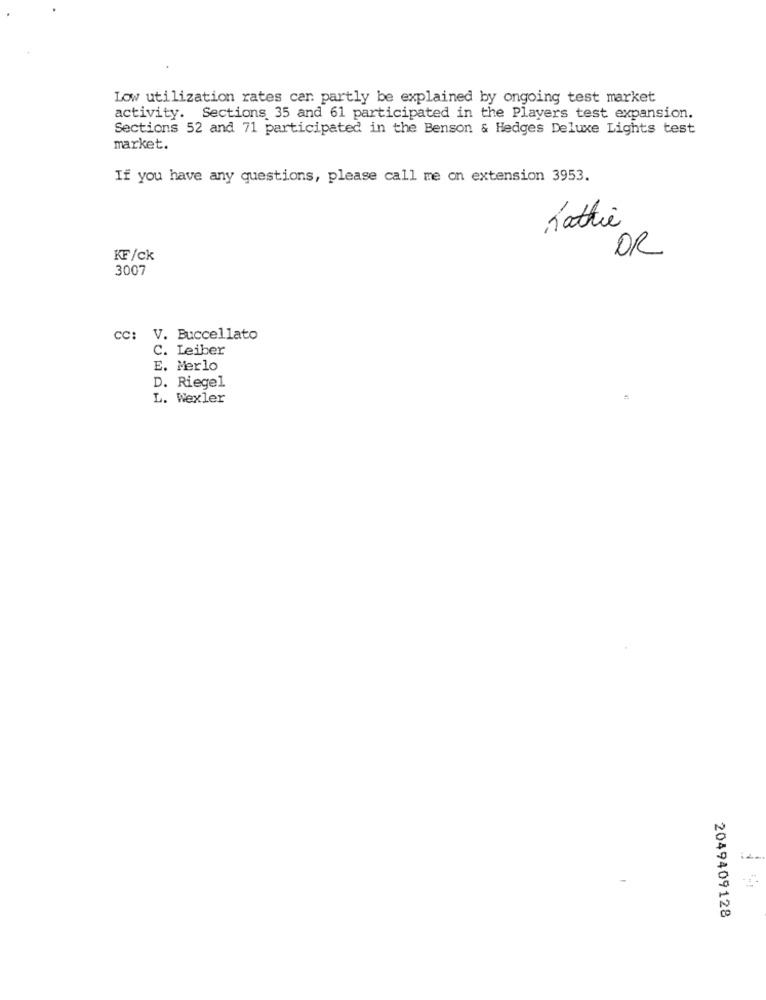
Low utilization rates can partly be explained by ongoing test market
activity. Sections 35 and 61 participated in the Players test expansion.
Sections 52 and 71 participated in the Benson & Hedges Deluxe Lights test
market.
If you have any questions, please call me on extension 3953.
Kathie
KF/ck
DR
3007
CC: V. Buccellato
C. Leiber
E. Merlo
D. Riegel
L. Wexler
2049409128